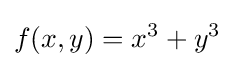
f(x,y)=x^{3}+y^{3}